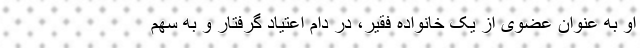
او به عنوان عضوی از یک خانواده فقیر، در دام اعتیاد گرفتار و به سهم